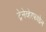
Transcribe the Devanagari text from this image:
ट्रेनेव्हेरफाह्रेन